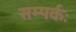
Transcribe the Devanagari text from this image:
सम्पर्कः